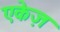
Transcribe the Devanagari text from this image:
एकेज़